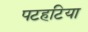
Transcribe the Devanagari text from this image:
पटहटिया